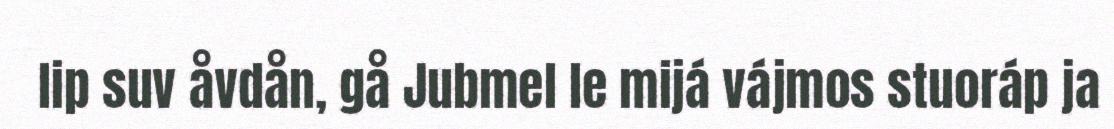
lip suv åvdån, gå Jubmel le mijá vájmos stuoráp ja